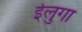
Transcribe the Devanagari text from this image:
ईलुगा